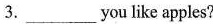
3.___ you like apples?